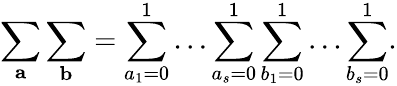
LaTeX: \sum_{\mathbf{a}}\sum_{\mathbf{b}}=\sum_{a_{1}=0}^{1}\dots\sum_{a_{s}=0}^{1}\sum_{b_{1}=0}^{1}\dots\sum_{b_{s}=0}^{1}.